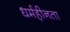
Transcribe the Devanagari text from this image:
धर्महीनता